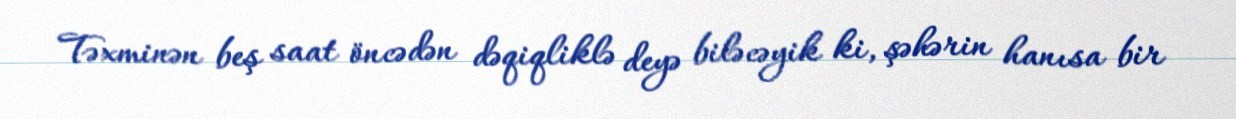
Təxminən beş saat öncədən dəqiqliklə deyə biləcəyik ki, şəhərin hanısa bir